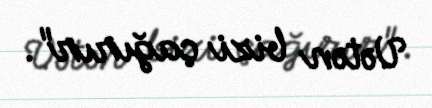
Vətən bizi çağırır".